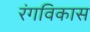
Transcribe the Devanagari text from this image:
रंगविकास